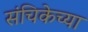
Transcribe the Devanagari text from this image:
संचिकेच्या